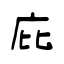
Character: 庇